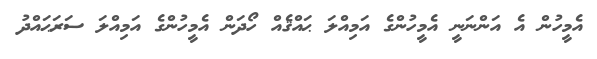
އެމީހުން އެ އަންނަނީ އެމީހުންގެ އަމިއްލަ ޙައްޤެއް ހޯދަން އެމީހުންގެ އަމިއްލަ ސަރަޙައްދު